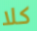
كلا